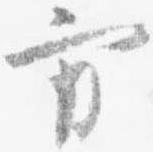
方